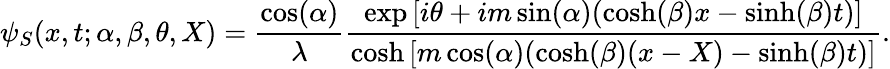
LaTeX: \psi_{S}(x,t;\alpha,\beta,\theta,X)=\frac{\cos(\alpha)}{\lambda}\frac{\exp\left[i\theta+im\sin(\alpha)(\cosh(\beta)x-\sinh(\beta)t)\right]}{\cosh\left[m\cos(\alpha)(\cosh(\beta)(x-X)-\sinh(\beta)t)\right]}.